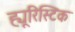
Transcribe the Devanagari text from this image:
ह्यूरिस्टिक